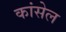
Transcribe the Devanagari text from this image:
कांसेल